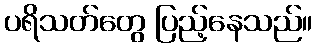
ပရိသတ်တွေ ပြည့်နေသည်။